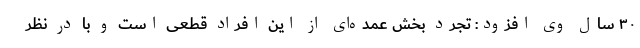
۳۰ سال وی افزود: تجرد بخش عمده‌ای از این افراد قطعی است و با در نظر